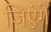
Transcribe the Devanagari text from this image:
जिएंगे